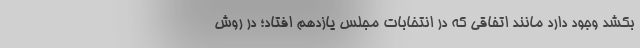
بکشد وجود دارد مانند اتفاقی که در انتخابات مجلس یازدهم افتاد؛ در روش